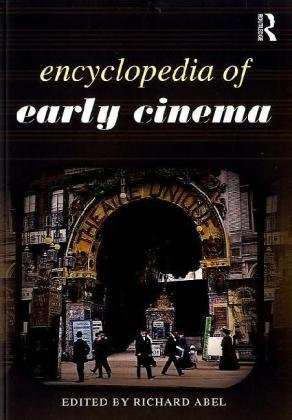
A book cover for Encyclopedia of Early Cinema; Humor & Entertainment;